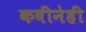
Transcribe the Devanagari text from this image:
कवीनेही